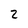
Character: 2